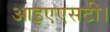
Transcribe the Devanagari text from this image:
आइएएसटी।